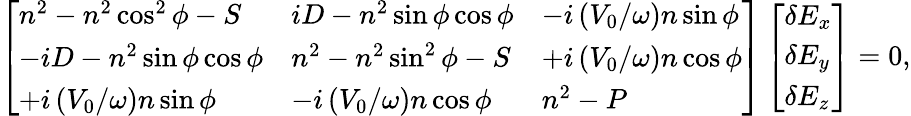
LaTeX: \left[\begin{array}{lll}{n^{2}-n^{2}\cos^{2}\phi-S}&{iD-n^{2}\sin\phi\cos\phi}&{-i\left(V_{0}/\omega\right)n\sin\phi}\\ {-iD-n^{2}\sin\phi\cos\phi}&{n^{2}-n^{2}\sin^{2}\phi-S}&{+i\left(V_{0}/\omega\right)n\cos\phi}\\ {+i\left(V_{0}/\omega\right)n\sin\phi}&{-i\left(V_{0}/\omega\right)n\cos\phi}&{n^{2}-P}\end{array}\right]\left[\begin{array}{l}{\delta E_{x}}\\ {\delta E_{y}}\\ {\delta E_{z}}\end{array}\right]=0,